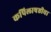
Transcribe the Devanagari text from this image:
कपिलाषष्ठीचा